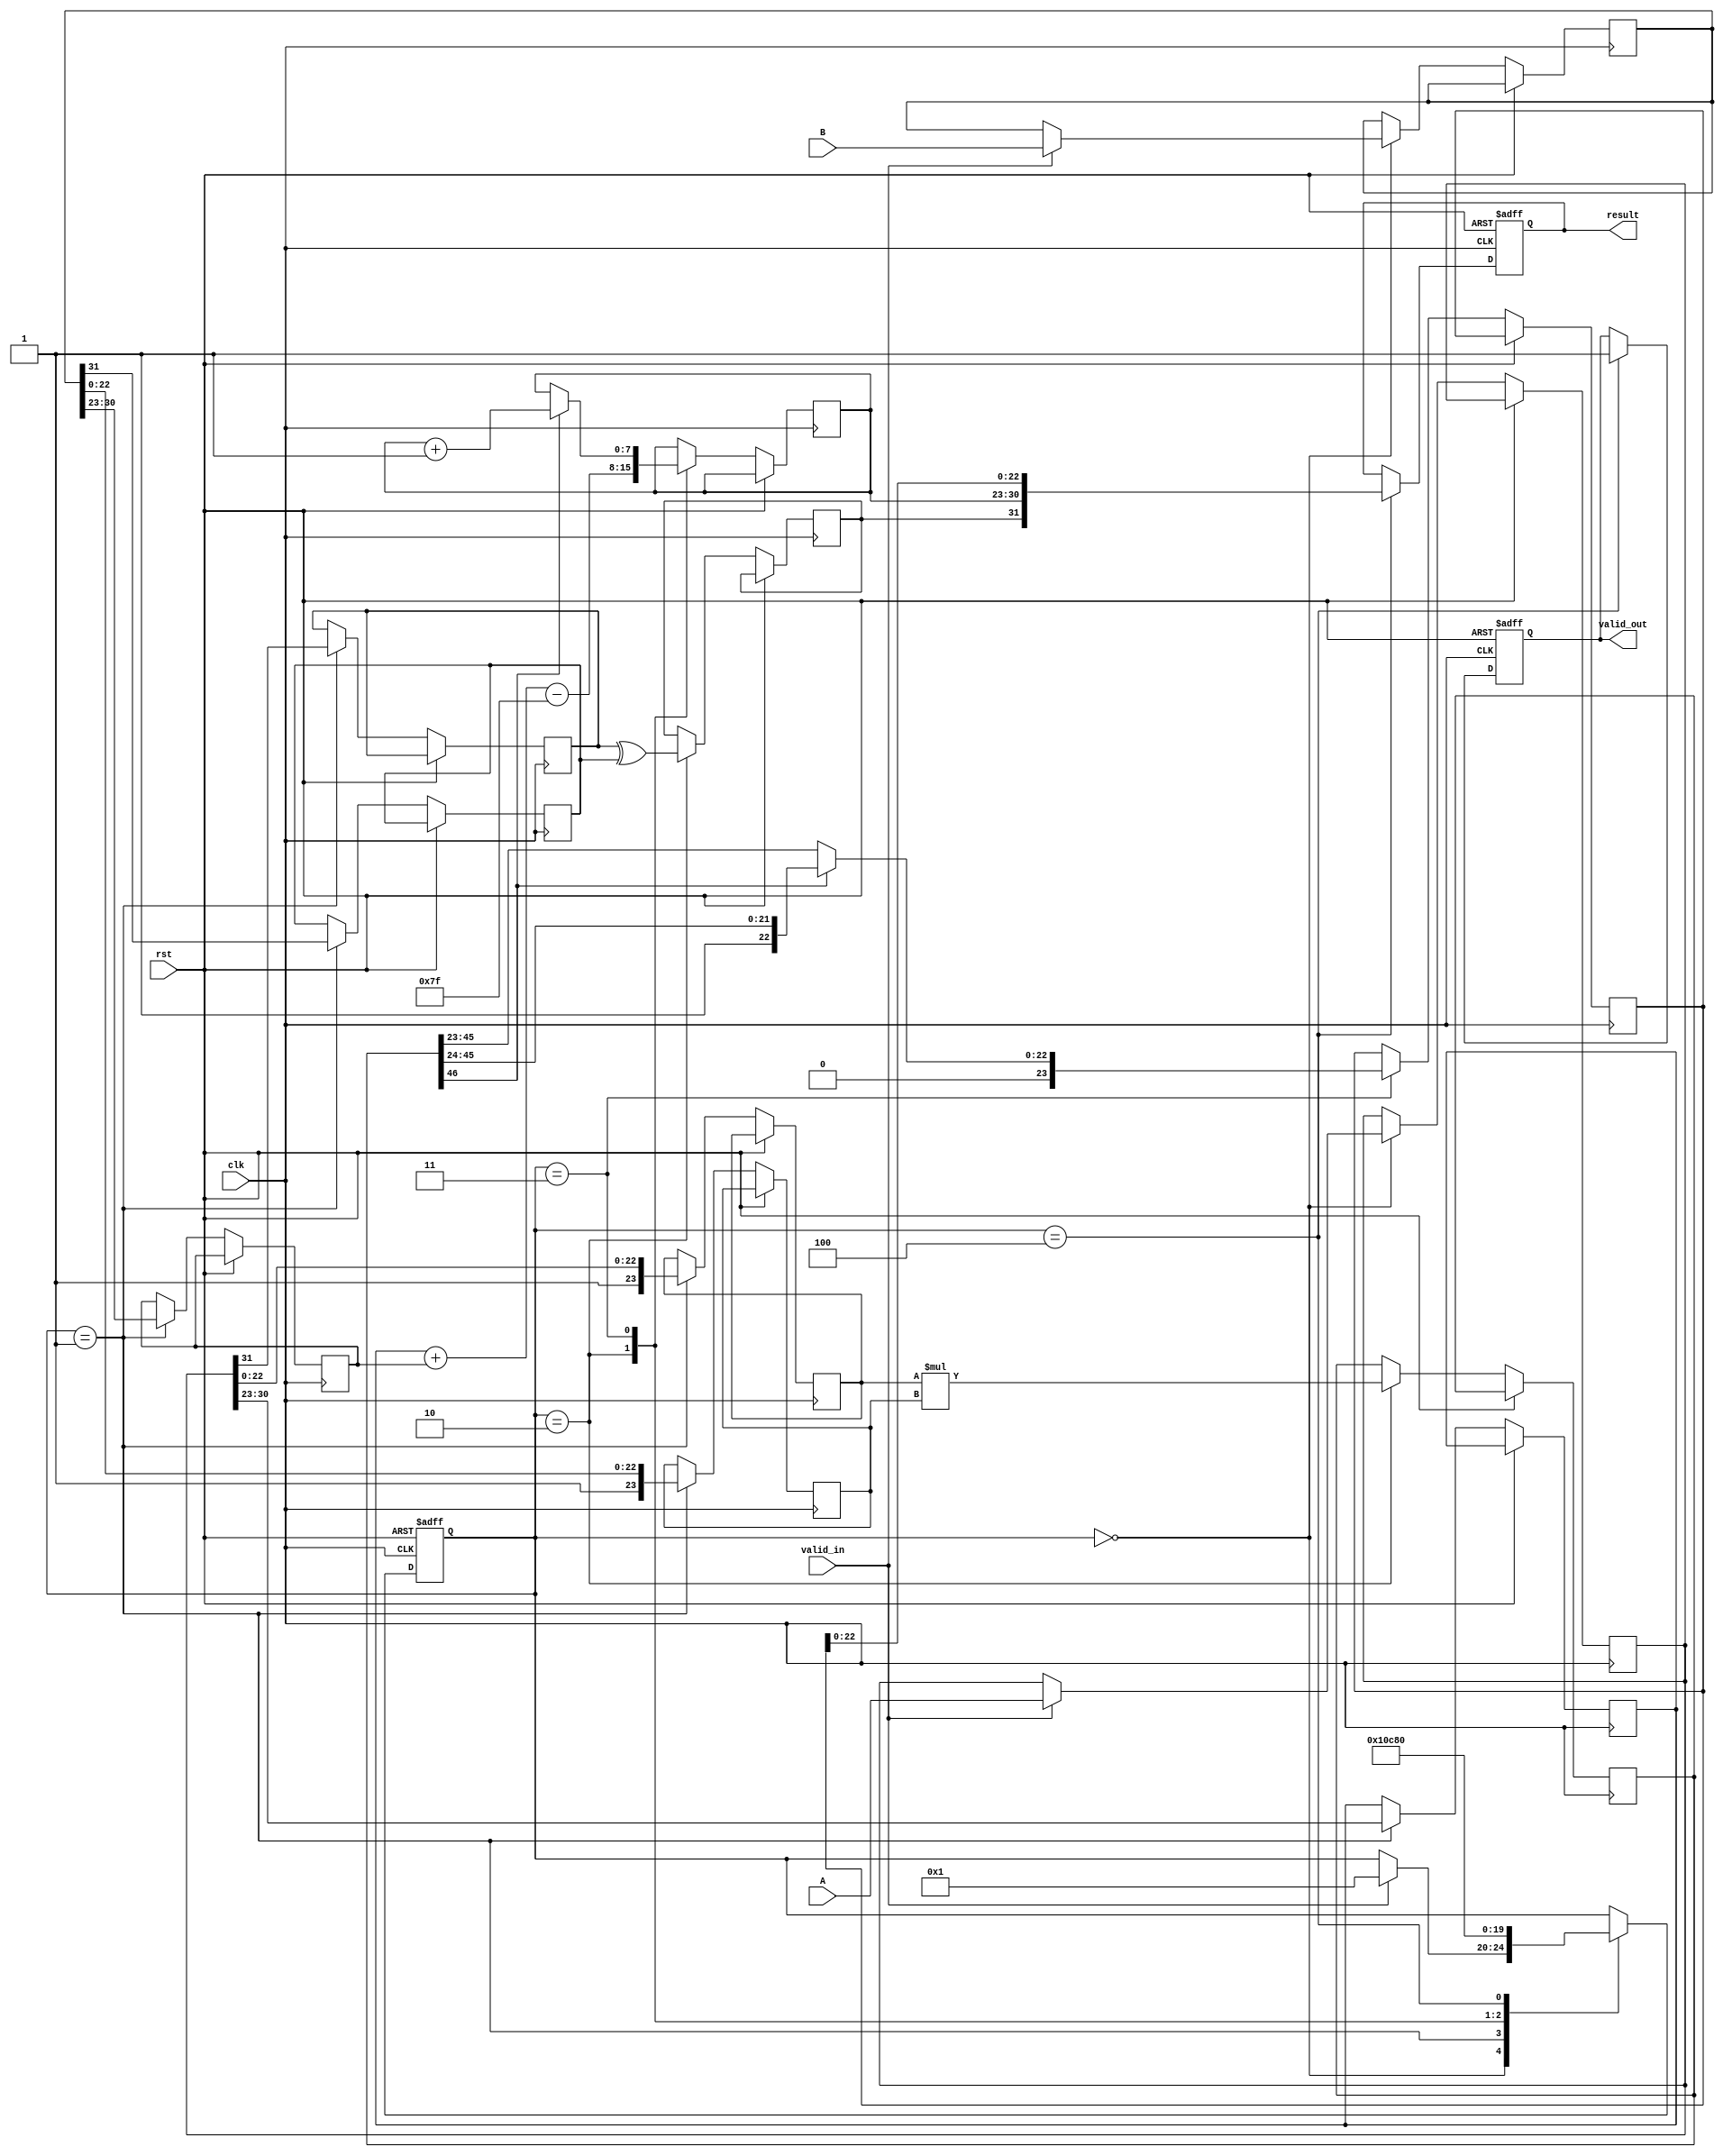
module pipelined_fp_multiplier (
    input clk,
    input rst,
    input valid_in,
    input [31:0] A, // First floating-point operand
    input [31:0] B, // Second floating-point operand
    output reg valid_out,
    output reg [31:0] result // Resulting floating-point product
);

    // Pipeline registers
    reg [31:0] A_reg, B_reg;
    reg [7:0] exp_A, exp_B, exp_result;
    reg [23:0] mant_A, mant_B, mant_result;
    reg sign_A, sign_B, sign_result;
    reg [46:0] mant_product; // 23 + 23 + 1 for overflow
    reg [4:0] stage; // To track pipeline stage

    // Constants
    localparam BIAS = 8'd127;

    // State machine for pipeline control
    always @(posedge clk or posedge rst) begin
        if (rst) begin
            stage <= 0;
            valid_out <= 0;
            result <= 0;
        end else begin
            case (stage)
                0: begin // Input Stage
                    if (valid_in) begin
                        A_reg <= A;
                        B_reg <= B;
                        stage <= 1;
                    end
                end
                1: begin // Normalization Stage
                    sign_A <= A_reg[31];
                    sign_B <= B_reg[31];
                    exp_A <= A_reg[30:23];
                    exp_B <= B_reg[30:23];
                    mant_A <= {1'b1, A_reg[22:0]}; // Implicit leading 1
                    mant_B <= {1'b1, B_reg[22:0]}; // Implicit leading 1
                    stage <= 2;
                end
                2: begin // Multiplication Stage
                    mant_product <= mant_A * mant_B;
                    exp_result <= exp_A + exp_B - BIAS; // Exponent calculation
                    sign_result <= sign_A ^ sign_B; // Sign calculation
                    stage <= 3;
                end
                3: begin // Normalization and Rounding Stage
                    // Normalize the result
                    if (mant_product[46]) begin
                        mant_result <= mant_product[46:24]; // Shift right
                        exp_result <= exp_result + 1;
                    end else begin
                        mant_result <= mant_product[45:23]; // No shift
                    end
                    // Rounding can be implemented here
                    stage <= 4;
                end
                4: begin // Output Stage
                    result <= {sign_result, exp_result, mant_result[22:0]};
                    valid_out <= 1;
                    stage <= 0; // Reset to input stage
                end
            endcase
        end
    end

endmodule